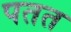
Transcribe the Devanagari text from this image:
पतत